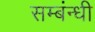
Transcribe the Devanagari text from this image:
सम्बंन्धी